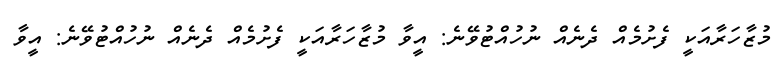
މުޒާހަރާއަކީ ފެށުމެއް ދެނެއް ނުހުއްޓުވޭނެ: އީވާ މުޒާހަރާއަކީ ފެށުމެއް ދެނެއް ނުހުއްޓުވޭނެ: އީވާ